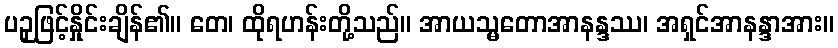
ပဉှဖြင့်နှိုင်းချိန်၏။ တေ၊ ထိုရဟန်းတို့သည်။ အာယသ္မတောအာနန္ဒဿ၊ အရှင်အာနန္ဒာအား။